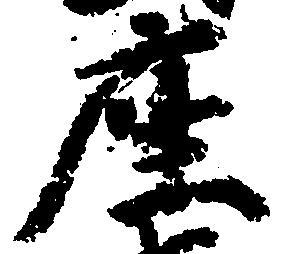
座